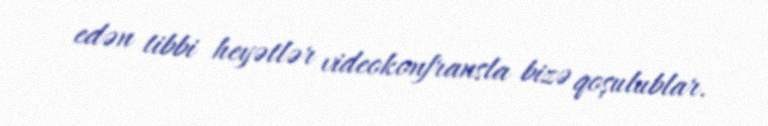
edən tibbi heyətlər videokonfransla bizə qoşulublar.